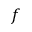
f